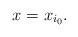
LaTeX: \begin{align*}x_{} = x_{i_0}.\end{align*}